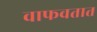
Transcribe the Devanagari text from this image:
वाफवतात